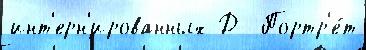
инт'ерн'ированных Д  Портр'е́т